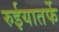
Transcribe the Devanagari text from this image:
रुईयातर्फे